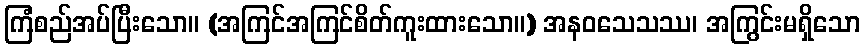
ကြံစည်အပ်ပြီးသော။ (အကြင်အကြင်စိတ်ကူးထားသော။) အနဝသေသဿ၊ အကြွင်းမရှိသော